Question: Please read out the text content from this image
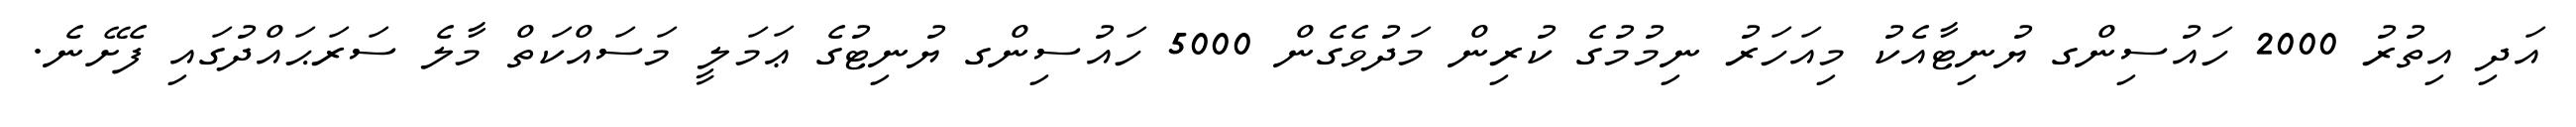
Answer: އަދި އިތުރު 2000 ހައުސިންގ ޔުނިޓާއެކު މިއަހަރު ނިމުމުގެ ކުރިން މަދުވެގެން 5000 ހައުސިންގ ޔުނިޓުގެ ޢަމަލީ މަސައްކަތް މާލެ ސަރަޙައްދުގައި ފެށޭނެ.